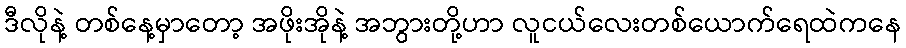
ဒီလိုနဲ့ တစ်နေ့မှာတော့ အဖိုးအိုနဲ့ အဘွားတို့ဟာ လူငယ်လေးတစ်ယောက်ရေထဲကနေ